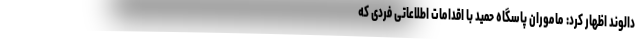
دالوند اظهار کرد: ماموران پاسگاه حمید با اقدامات اطلاعاتی فردی که